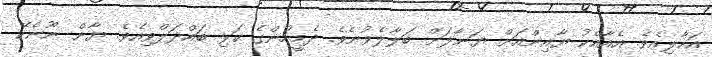
އަހާލިއެވެ. އެއާއެކު ޔާއިންއަށް ޔަނާލަށް ބަލާލެވުނެވެ. ދެމީހުންގެ ކަޅި ބައްދަލްވިއެވެ. ޔާން ނޫނެކޭ